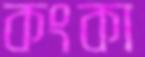
কংকা